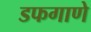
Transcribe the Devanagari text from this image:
डफगाणे